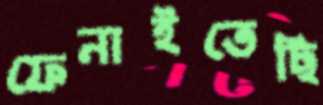
ফেনাইতেছি